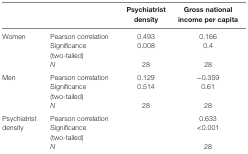
<table><thead><tr><td></td><td></td><td><b>Psychiatrist density</b></td><td><b>Gross national income per capita</b></td></tr></thead><tbody><tr><td rowspan="3">Women</td><td>Pearson correlation</td><td>0.493</td><td>0.166</td></tr><tr><td>Significance (two-tailed)</td><td>0.008</td><td>0.4</td></tr><tr><td><i>N</i></td><td>28</td><td>28</td></tr><tr><td rowspan="3">Men</td><td>Pearson correlation</td><td>0.129</td><td>−0.359</td></tr><tr><td>Significance (two-tailed)</td><td>0.514</td><td>0.61</td></tr><tr><td><i>N</i></td><td>28</td><td>28</td></tr><tr><td rowspan="3">Psychiatrist density</td><td>Pearson correlation</td><td></td><td>0.633</td></tr><tr><td>Significance (two-tailed)</td><td></td><td>&lt;0.001</td></tr><tr><td><i>N</i></td><td></td><td>28</td></tr></tbody></table>